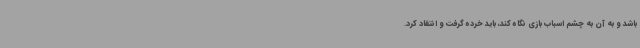
باشد و به آن به چشم اسباب بازی نگاه کند، باید خرده گرفت و انتقاد کرد.